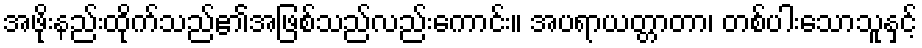
အဖိုးနည်းထိုက်သည်၏အဖြစ်သည်လည်းကောင်း။ အပရာယတ္တာတာ၊ တစ်ပါးသောသူနှင့်